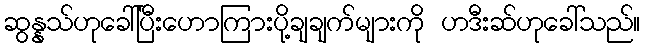
ဆွန္နသ်ဟုခေါ်ပြီးဟောကြားပို့ချချက်များကို ဟဒီးဆ်ဟုခေါ်သည်။